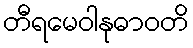
တီရမေဝါနုဓာဝတိ